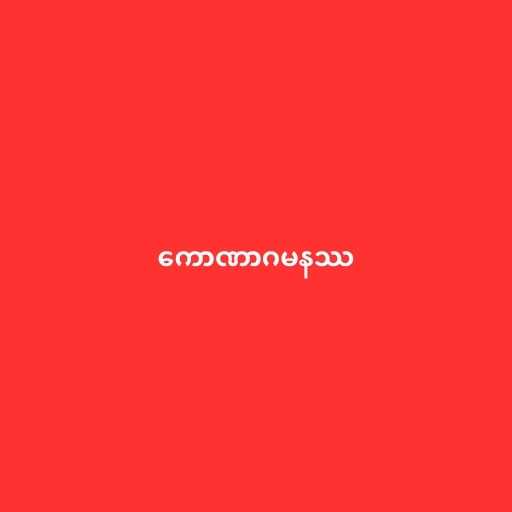
ကောဏာဂမနဿ